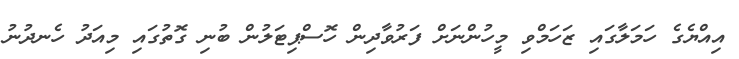
އިއްޔެގެ ހަމަލާގައި ޒަހަމްވި މީހުންނަށް ފަރުވާދިން ހޮސްޕިޓަލުން ބުނި ގޮތުގައި މިއަދު ހެނދުނު